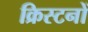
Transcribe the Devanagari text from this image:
क्रिस्टनों